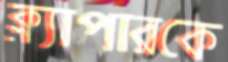
ক্ল্যাপারকে